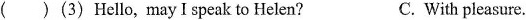
( )(3)Hello, may I speak to Helen?C. With pleasure.